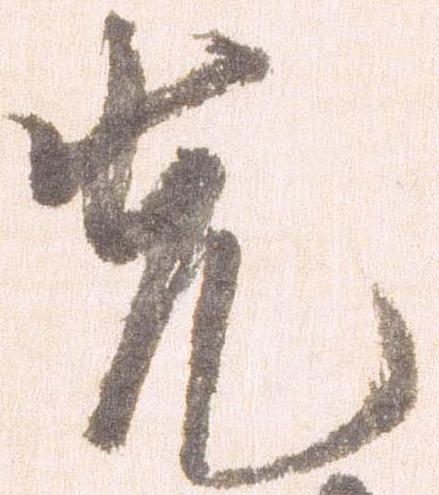
先